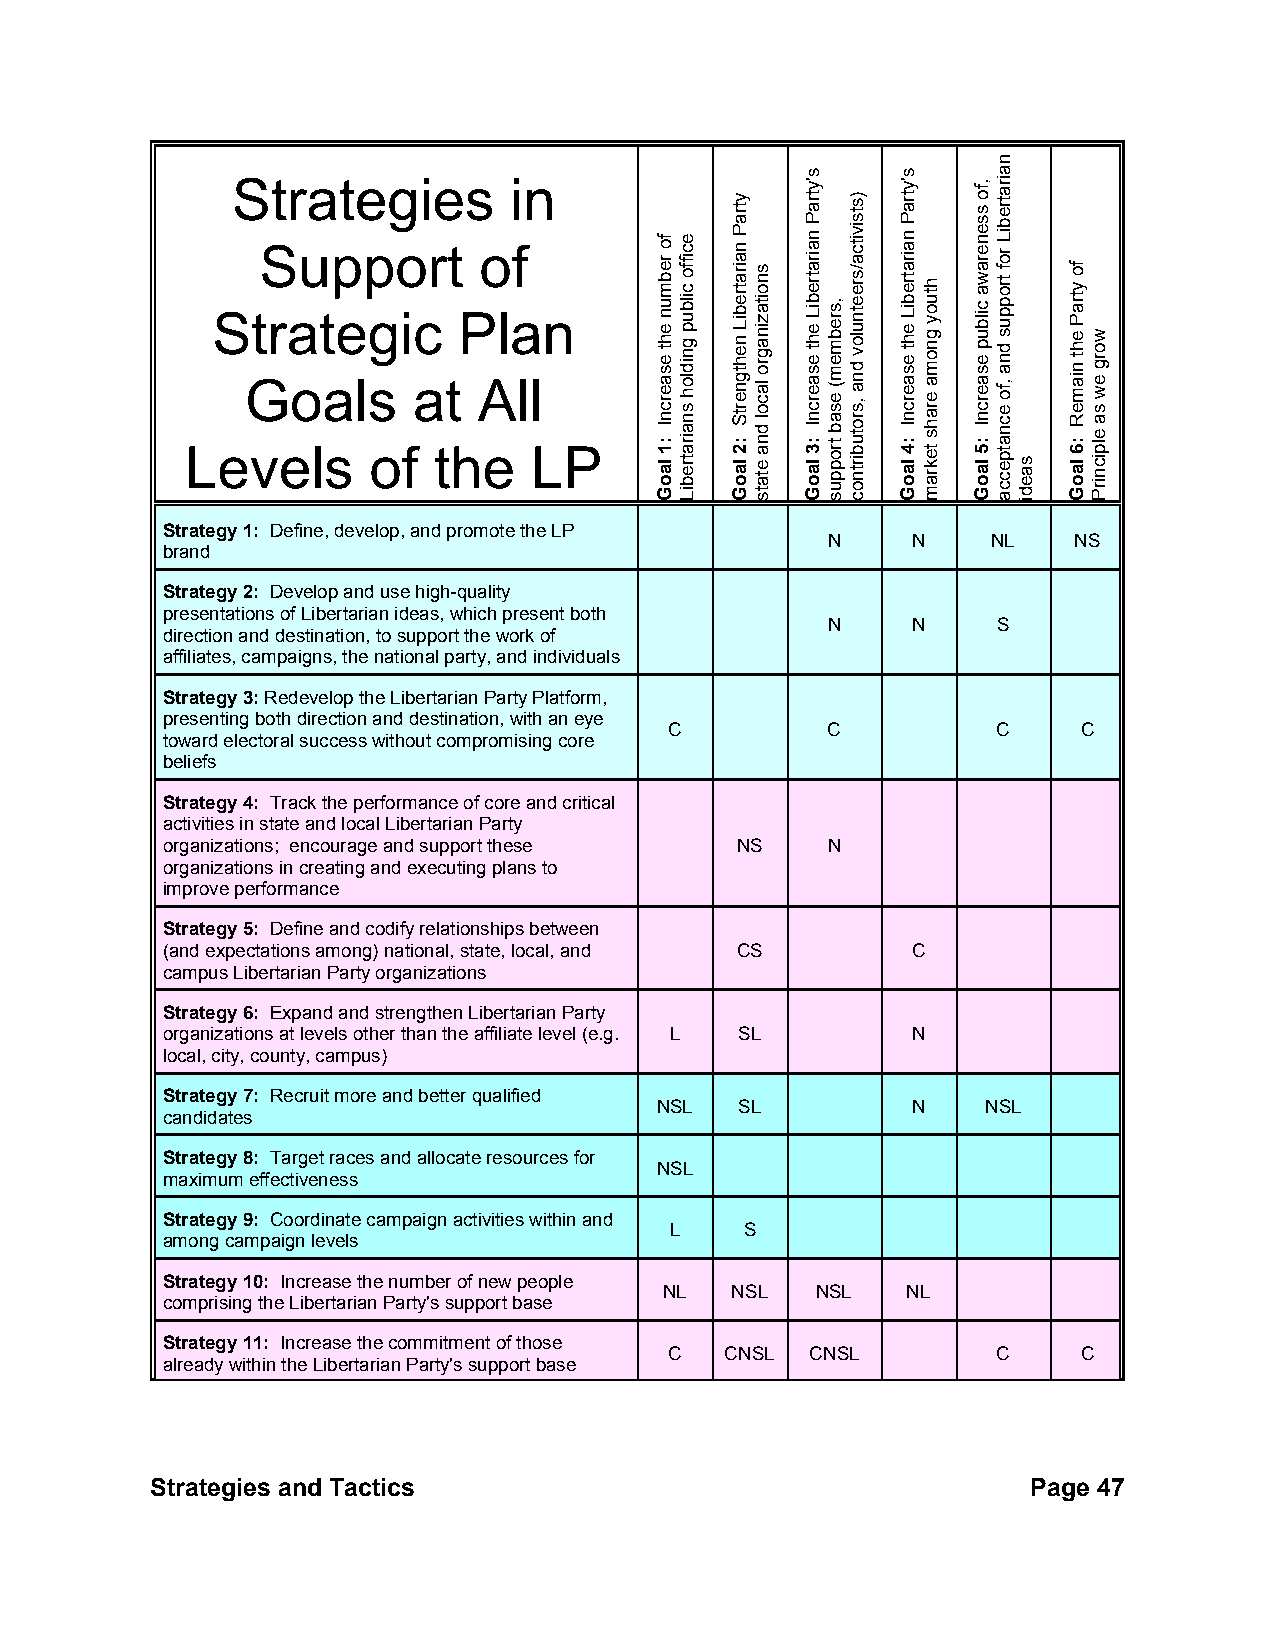
Strategies         in
 Support        of
 Strategic       Plan
 Goals      at   All
 Levels      of   the   LP
 Strategy 1: Define, develop, and promote the LP
 N    N     NL   NS
 brand
 Strategy 2: Develop and use high-quality
 presentations of Libertarian ideas, which present both
 N    N     S
 direction and destination, to support the work of
 affiliates, campaigns, the national party, and individuals
 Strategy 3: Redevelop the Libertarian Party Platform,
 presenting both direction and destination, with an eye
 C          C          C     C
 toward electoral success without compromising core
 beliefs
 Strategy 4: Track the performance of core and critical
 activities in state and local Libertarian Party
 organizations; encourage and support these NS N
 organizations in creating and executing plans to
 improve performance
 Strategy 5: Define and codify relationships between
 (and expectations among) national, state, local, and CS C
 campus Libertarian Party organizations
 Strategy 6: Expand and strengthen Libertarian Party
 organizations at levels other than the affiliate level (e.g. L SL N
 local, city, county, campus)
 Strategy 7: Recruit more and better qualified
 NSL   SL         N    NSL
 candidates
 Strategy 8: Target races and allocate resources for
 NSL
 maximum effectiveness
 Strategy 9: Coordinate campaign activities within and
 L    S
 among campaign levels
 Strategy 10: Increase the number of new people
 NL  NSL   NSL   NL
 comprising the Libertarian Party's support base
 Strategy 11: Increase the commitment of those
 C   CNSL  CNSL        C     C
 already within the Libertarian Party's support base
 Strategies and Tactics                                    Page 47
 fo
 rebmun
 eht
 esaercnI
 :1
 laoG
 eciffo
 cilbup
 gnidloh
 snairatrebiL
 ytraP
 nairatrebiL
 nehtgnertS
 :2
 laoG
 snoitazinagro
 lacol
 dna
 etats
 s'ytraP
 nairatrebiL
 eht
 esaercnI
 :3
 laoG
 ,srebmem(
 esab
 troppus
 )stsivitca/sreetnulov
 dna
 ,srotubirtnoc
 s'ytraP
 nairatrebiL
 eht
 esaercnI
 :4
 laoG
 htuoy
 gnoma
 erahs
 tekram
 ,fo
 ssenerawa
 cilbup
 esaercnI
 :5
 laoG
 nairatrebiL
 rof
 troppus
 dna
 ,fo
 ecnatpecca
 saedi
 fo
 ytraP
 eht
 niameR
 :6
 laoG
 worg
 ew
 sa
 elpicnirP